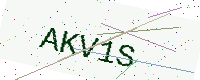
Text: AKV1S